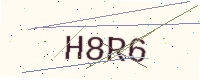
Text: H8R6